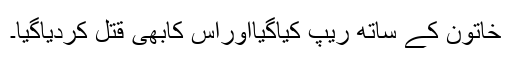
خاتون کے ساتھ ریپ کیاگیااوراس کابھی قتل کردیاگیا۔